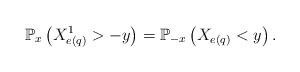
LaTeX: \begin{align*}\mathbb P_x\left(X^1_{e(q)}> -y\right)=\mathbb P_{-x}\left(X_{e(q)}< y\right).\end{align*}